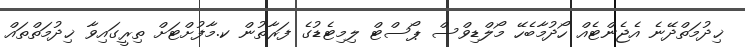
ޚިދުމަތްދޭނެ އެޖެންޓެއް ހޯދުމާބެހޭ މޯލްޑިވްސް ޕޯސްޓް ލިމިޓެޑުގެ ފަރާތުން ކ.މާފުށްޓަށް ތިރީގައިވާ ޚިދުމަތްތައް